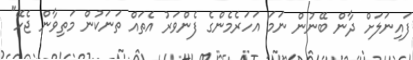
ފައިނަލަށް ދާން ބޭނުން ނަމަ އަހަރެމެންގެ ފެންވަރު އެތައް ތަނަކުން މަތިވާން ޖެހޭ"